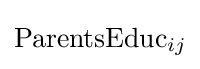
\mathrm {ParentsEduc} _{ij}